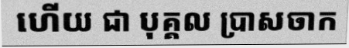
ហើយ ជា បុគ្គល ប្រាសចាក